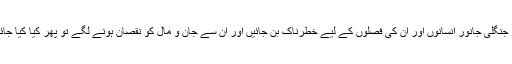
اگر جنگلی جانور انسانوں اور ان کی فصلوں کے لیے خطرناک بن جائیں اور ان سے جان و مال کو نقصان ہونے لگے تو پھر کیا کیا جائے۔